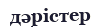
дәрістер